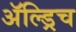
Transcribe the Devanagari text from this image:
ॲल्ड्रिच